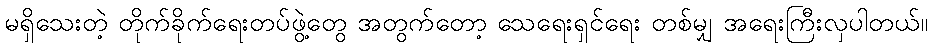
မရှိသေးတဲ့ တိုက်ခိုက်ရေးတပ်ဖွဲ့တွေ အတွက်တော့ သေရေးရှင်ရေး တစ်မျှ အရေးကြီးလှပါတယ်။